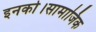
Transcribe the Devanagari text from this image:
इनको।सामाजिक